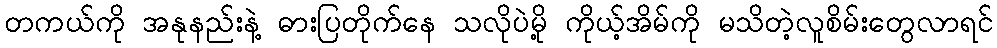
တကယ်ကို အနုနည်းနဲ့ ဓားပြတိုက်နေ သလိုပဲမို့ ကိုယ့်အိမ်ကို မသိတဲ့လူစိမ်းတွေလာရင်